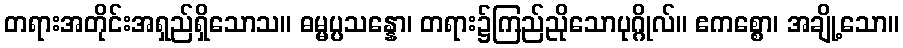
တရားအတိုင်းအရှည်ရှိသောသ။ ဓမ္မပ္ပသန္နော၊ တရား၌ကြည်ညိုသောပုဂ္ဂိုလ်။ ဧကစ္စော၊ အချို့သော။